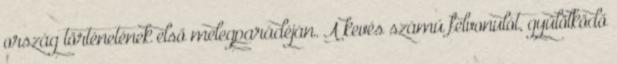
ország történetének első melegparádéján. A kevés számú felvonulót, gyűlölködő